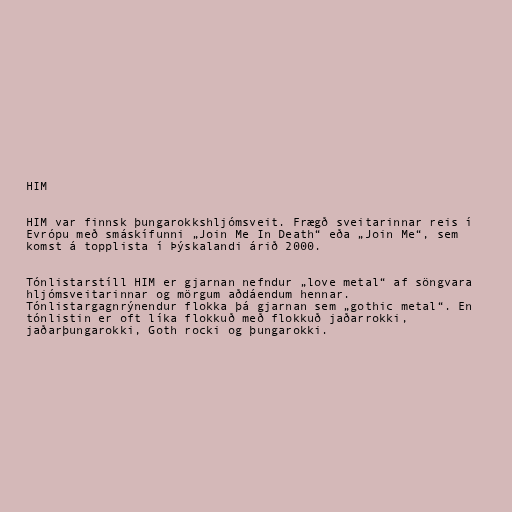
HIM

HIM var finnsk þungarokkshljómsveit. Frægð sveitarinnar reis í
Evrópu með smáskífunni „Join Me In Death“ eða „Join Me“, sem
komst á topplista í Þýskalandi árið 2000.

Tónlistarstíll HIM er gjarnan nefndur „love metal“ af söngvara
hljómsveitarinnar og mörgum aðdáendum hennar.
Tónlistargagnrýnendur flokka þá gjarnan sem „gothic metal“. En
tónlistin er oft líka flokkuð með flokkuð jaðarrokki,
jaðarþungarokki, Goth rocki og þungarokki.